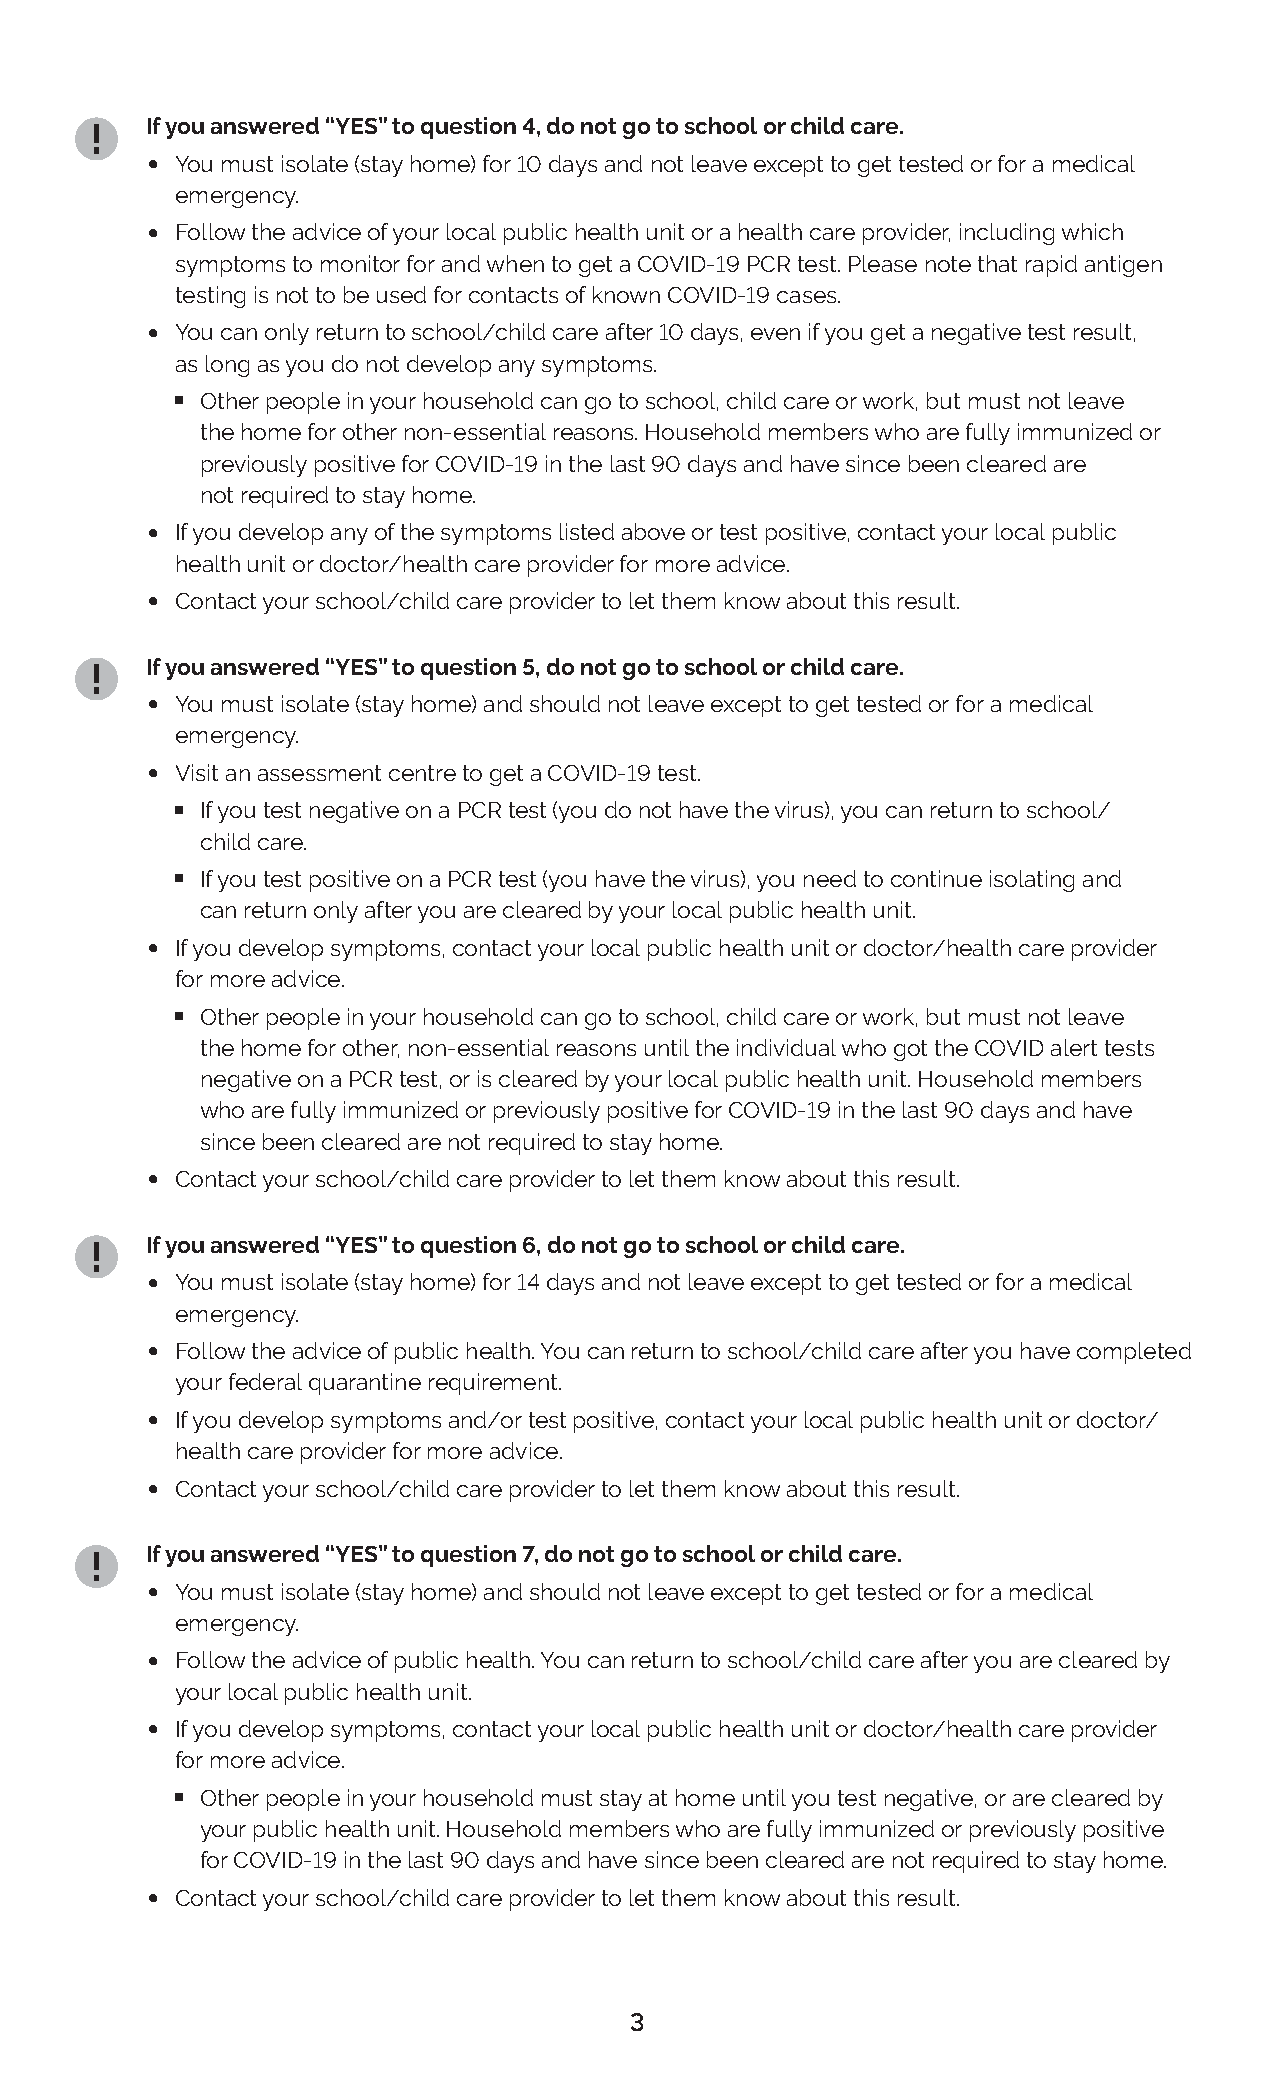
If you answered “YES” to question 4, do not go to school or child care.
 •
 You must isolate (stay home) for 10 days and not leave except to get tested or for a medical
 emergency.
 •
 Follow the advice of your local public health unit or a health care provider, including which
 symptoms to monitor for and when to get a COVID-19 PCR test. Please note that rapid antigen
 testing is not to be used for contacts of known COVID-19 cases.
 •
 You can only return to school/child care after 10 days, even if you get a negative test result,
 ϕ
 as long as you do not develop any symptoms.
 Other people in your household can go to school, child care or work, but must not leave
 the home for other non-essential reasons. Household members who are fully immunized or
 previously positive for COVID-19 in the last 90 days and have since been cleared are
 not required to stay home.
 •
 If you develop any of the symptoms listed above or test positive, contact your local public
 health unit or doctor/health care provider for more advice.
 •
 Contact your school/child care provider to let them know about this result.
 If you answered “YES” to question 5, do not go to school or child care.
 •
 You must isolate (stay home) and should not leave except to get tested or for a medical
 emergency.
 • ϕ
 Visit an assessment centre to get a COVID-19 test.
 If you test negative on a PCR test (you do not have the virus), you can return to school/
 ϕ
 child care.
 If you test positive on a PCR test (you have the virus), you need to continue isolating and
 can return only after you are cleared by your local public health unit.
 •
 If you develop symptoms, contact your local public health unit or doctor/health care provider
 ϕ
 for more advice.
 Other people in your household can go to school, child care or work, but must not leave
 the home for other, non-essential reasons until the individual who got the COVID alert tests
 negative on a PCR test, or is cleared by your local public health unit. Household members
 who are fully immunized or previously positive for COVID-19 in the last 90 days and have
 since been cleared are not required to stay home.
 •
 Contact your school/child care provider to let them know about this result.
 If you answered “YES” to question 6, do not go to school or child care.
 •
 You must isolate (stay home) for 14 days and not leave except to get tested or for a medical
 emergency.
 •
 Follow the advice of public health. You can return to school/child care after you have completed
 your federal quarantine requirement.
 •
 If you develop symptoms and/or test positive, contact your local public health unit or doctor/
 health care provider for more advice.
 •
 Contact your school/child care provider to let them know about this result.
 If you answered “YES” to question 7, do not go to school or child care.
 •
 You must isolate (stay home) and should not leave except to get tested or for a medical
 emergency.
 •
 Follow the advice of public health. You can return to school/child care after you are cleared by
 your local public health unit.
 •
 If you develop symptoms, contact your local public health unit or doctor/health care provider
 ϕ
 for more advice.
 Other people in your household must stay at home until you test negative, or are cleared by
 your public health unit. Household members who are fully immunized or previously positive
 for COVID-19 in the last 90 days and have since been cleared are not required to stay home.
 •
 Contact your school/child care provider to let them know about this result.
 3